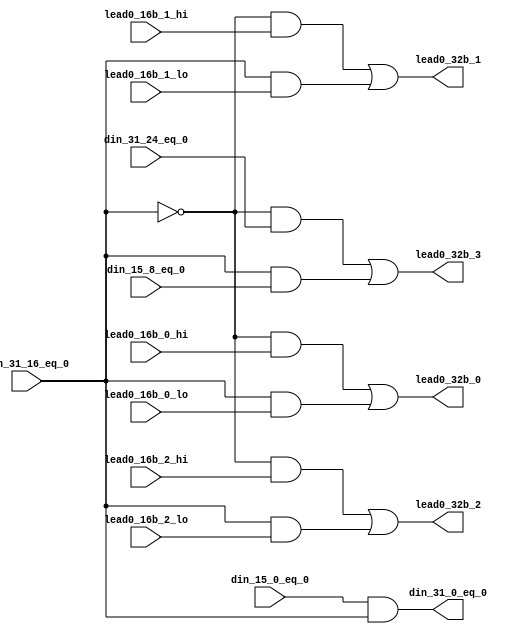
module fpu_cnt_lead0_lvl4 (
	din_31_16_eq_0,
	din_31_24_eq_0,
	lead0_16b_2_hi,
	lead0_16b_1_hi,
	lead0_16b_0_hi,
	din_15_0_eq_0,
	din_15_8_eq_0,
	lead0_16b_2_lo,
	lead0_16b_1_lo,
	lead0_16b_0_lo,
	din_31_0_eq_0,
	lead0_32b_3,
	lead0_32b_2,
	lead0_32b_1,
	lead0_32b_0
);
input		din_31_16_eq_0;		
input		din_31_24_eq_0;		
input		lead0_16b_2_hi;		
input		lead0_16b_1_hi;		
input		lead0_16b_0_hi;		
input		din_15_0_eq_0;		
input		din_15_8_eq_0;		
input		lead0_16b_2_lo;		
input		lead0_16b_1_lo;		
input		lead0_16b_0_lo;		
output		din_31_0_eq_0;		
output		lead0_32b_3;		
output		lead0_32b_2;		
output		lead0_32b_1;		
output		lead0_32b_0;		
wire		din_31_0_eq_0;
wire		lead0_32b_3;
wire		lead0_32b_2;
wire		lead0_32b_1;
wire		lead0_32b_0;
assign din_31_0_eq_0= din_15_0_eq_0 && din_31_16_eq_0;
assign lead0_32b_3= ((!din_31_16_eq_0) && din_31_24_eq_0)
		|| (din_31_16_eq_0 && din_15_8_eq_0);
assign lead0_32b_2= ((!din_31_16_eq_0) && lead0_16b_2_hi)
		|| (din_31_16_eq_0 && lead0_16b_2_lo);
assign lead0_32b_1= ((!din_31_16_eq_0) && lead0_16b_1_hi)
		|| (din_31_16_eq_0 && lead0_16b_1_lo);
assign lead0_32b_0= ((!din_31_16_eq_0) && lead0_16b_0_hi)
		|| (din_31_16_eq_0 && lead0_16b_0_lo);
endmodule